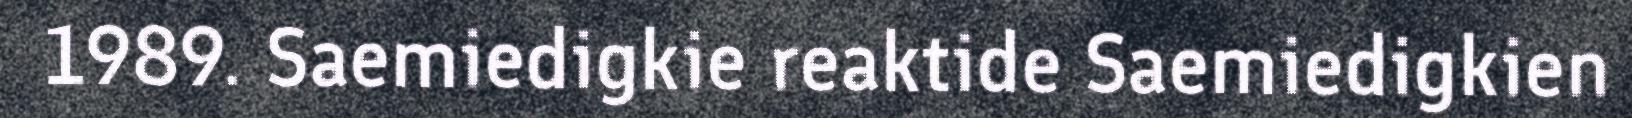
1989. Saemiedigkie reaktide Saemiedigkien